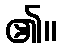
၏။